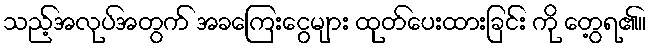
သည့်အလုပ်အတွက် အခကြေးငွေများ ထုတ်ပေးထားခြင်း ကို တွေ့ရ၏။